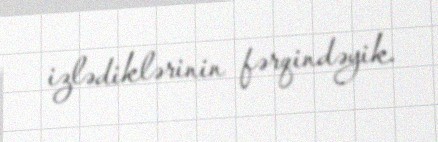
izlədiklərinin fərqindəyik.